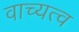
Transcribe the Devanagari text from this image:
वाच्यत्व